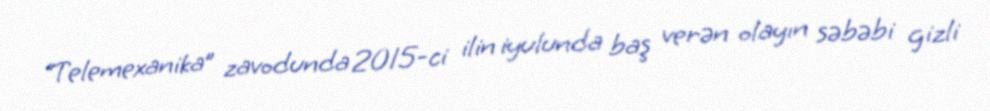
“Telemexanika” zavodunda 2015-ci ilin iyulunda baş verən olayın səbəbi gizli